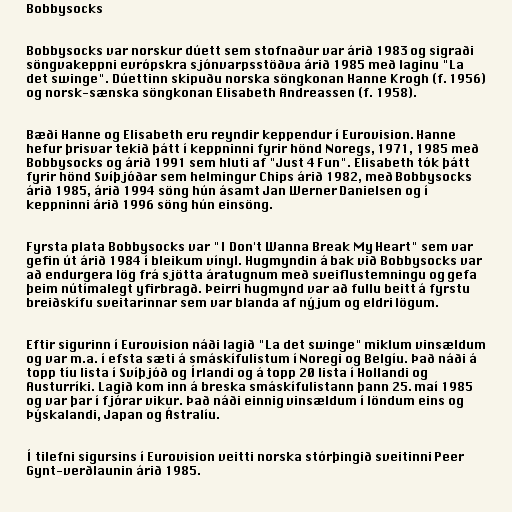
Bobbysocks

Bobbysocks var norskur dúett sem stofnaður var árið 1983 og sigraði
söngvakeppni evrópskra sjónvarpsstöðva árið 1985 með laginu "La
det swinge". Dúettinn skipuðu norska söngkonan Hanne Krogh (f. 1956)
og norsk-sænska söngkonan Elisabeth Andreassen (f. 1958).

Bæði Hanne og Elisabeth eru reyndir keppendur í Eurovision. Hanne
hefur þrisvar tekið þátt í keppninni fyrir hönd Noregs, 1971, 1985 með
Bobbysocks og árið 1991 sem hluti af "Just 4 Fun". Elisabeth tók þátt
fyrir hönd Svíþjóðar sem helmingur Chips árið 1982, með Bobbysocks
árið 1985, árið 1994 söng hún ásamt Jan Werner Danielsen og í
keppninni árið 1996 söng hún einsöng.

Fyrsta plata Bobbysocks var "I Don't Wanna Break My Heart" sem var
gefin út árið 1984 í bleikum vínyl. Hugmyndin á bak við Bobbysocks var
að endurgera lög frá sjötta áratugnum með sveiflustemningu og gefa
þeim nútímalegt yfirbragð. Þeirri hugmynd var að fullu beitt á fyrstu
breiðskífu sveitarinnar sem var blanda af nýjum og eldri lögum.

Eftir sigurinn í Eurovision náði lagið "La det swinge" miklum vinsældum
og var m.a. í efsta sæti á smáskífulistum í Noregi og Belgíu. Það náði á
topp tíu lista í Svíþjóð og Írlandi og á topp 20 lista í Hollandi og
Austurríki. Lagið kom inn á breska smáskífulistann þann 25. maí 1985
og var þar í fjórar vikur. Það náði einnig vinsældum í löndum eins og
Þýskalandi, Japan og Ástralíu.

Í tilefni sigursins í Eurovision veitti norska stórþingið sveitinni Peer
Gynt-verðlaunin árið 1985.